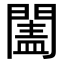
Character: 𨵯